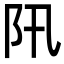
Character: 阠